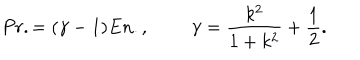
P r . = ( \gamma - 1 ) E n . , \; \; \gamma = \frac { k ^ { 2 } } { 1 + k ^ { 2 } } + \frac { 1 } { 2 } .